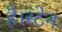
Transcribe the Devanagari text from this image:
है।स्टेन